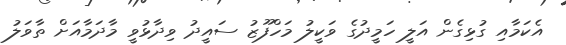
އެކަމާއި ގުޅިގެން އަލީ ހަމީދުގެ ވަކީލު މަހްފޫޒު ސައީދު ވިދާޅުވީ މާދަމާއަށް ތާވަލު